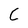
Character: C